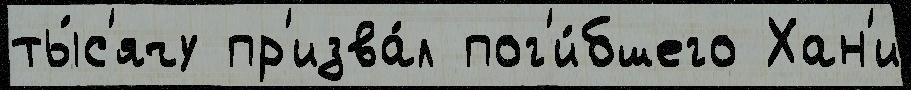
ты́с'ячу пр'изва́л пог'и́бшего Хан'и